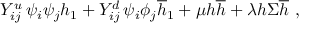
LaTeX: Y _ { i j } ^ { u } \, \psi _ { i } \psi _ { j } { h } _ { 1 } + Y _ { i j } ^ { d } \, \psi _ { i } \phi _ { j } { \overline { { { h } } } } _ { 1 } + { \mu } { h } { \overline { { { h } } } } + { \lambda } { h } { \Sigma } { \overline { { { h } } } } \ ,